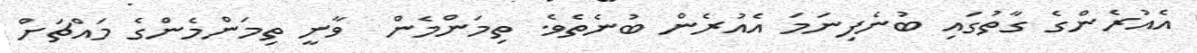
އެއުރެންގެ ގާތުގައި ބުނެފިނަމަ އެއުރެން ބުނެތެވެ. ތިމަންމެން  ވާނީ ތިމަންމެންގެ މައްޗަށް